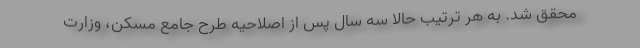
محقق شد. به هر ترتیب حالا سه سال پس از اصلاحیه طرح جامع مسکن، وزارت